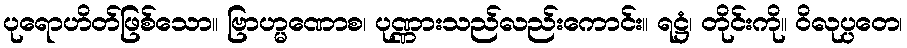
ပုရောဟိတ်ဖြစ်သော။ ဗြာဟ္မဏောစ၊ ပုဏ္ဏားသည်လည်းကောင်း။ ရဋ္ဌံ၊ တိုင်းကို။ ဝိလုပ္ပတေ၊